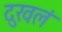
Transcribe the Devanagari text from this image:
दुखलं